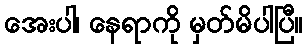
အေးပါ၊ နေရာကို မှတ်မိပါပြီ။